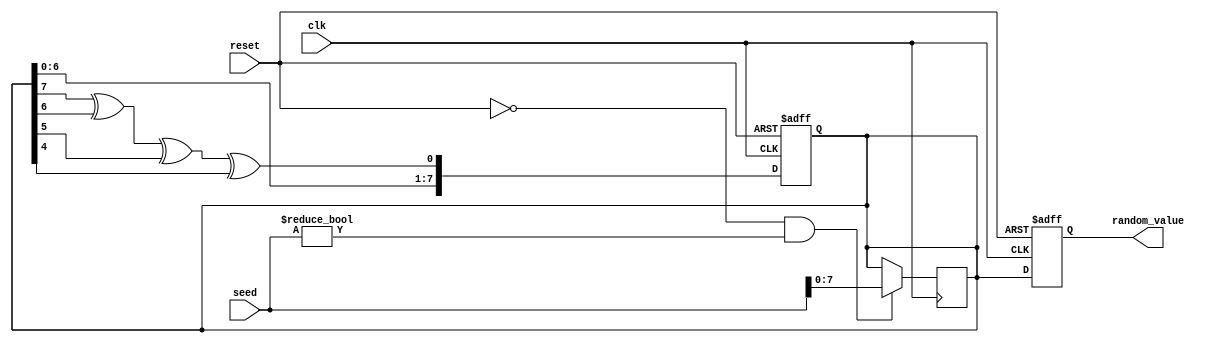
module RandomInitialization #(
    parameter WIDTH = 8    // Width of the random value output
) (
    input wire clk,        // Clock signal
    input wire reset,      // Active-high reset signal
    input wire [15:0] seed,// Optional seed input for reproducibility
    output reg [WIDTH-1:0] random_value // Randomly generated output
);

    reg [WIDTH-1:0] lfsr;   // LFSR register for random value generation
    wire feedback;           // Feedback for LFSR

    // LFSR feedback calculation (example: taps for a 8-bit LFSR)
    assign feedback = lfsr[WIDTH-1] ^ lfsr[WIDTH-2] ^ lfsr[WIDTH-3] ^ lfsr[WIDTH-4];

    // Sequential logic for random value generation
    always @(posedge clk or posedge reset) begin
        if (reset) begin
            // Reset state
            lfsr <= 8'b1; // Initial state (non-zero)
            random_value <= {WIDTH{1'b0}}; // Default random value (0)
        end else begin
            // LFSR shift operation
            lfsr <= {lfsr[WIDTH-2:0], feedback};

            // Update random_value with current LFSR state
            random_value <= lfsr;
        end
    end

    // Seed initialization
    always @(posedge clk) begin
        if (!reset && (seed != 16'b0)) begin
            lfsr <= seed[WIDTH-1:0]; // Initialize LFSR with seed
        end
    end

endmodule